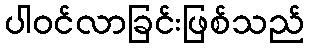
ပါဝင်လာခြင်းဖြစ်သည်